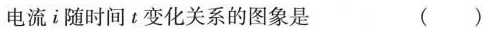
电流i随时间t变化关系的图象是()